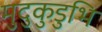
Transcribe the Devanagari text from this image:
मुदुकुडुभि